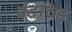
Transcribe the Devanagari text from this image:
पदचिहृ